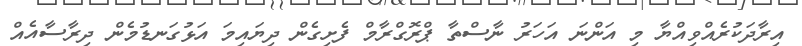
އިރާދަކުރެއްވިއްޔާ މި އަންނަ އަހަރު ނާސްތާ ޕްރޮގްރާމް ފެށިގެން ދިޔައިމަ އަޅުގަނޑުމެން ދިރާސާއެއް